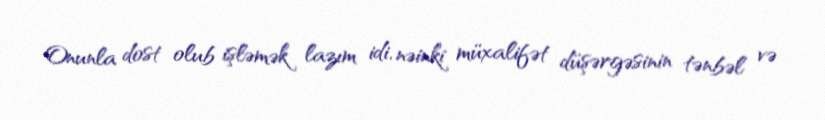
Onunla dost olub işləmək lazım idi, nəinki müxalifət düşərgəsinin tənbəl və